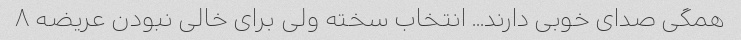
همگی صدای خوبی دارند... انتخاب سخته ولی برای خالی نبودن عریضه ۸